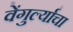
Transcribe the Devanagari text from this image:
वेंगुर्ल्याचा